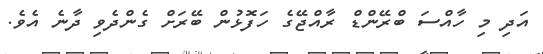
އަދި މި ހާއްސަ ބްރޭންޑް ރާއްޖޭގެ ހަފޮޅުން ބޭރަށް ގެންދެވި ދާނެ އެވެ.